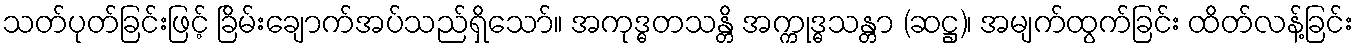
သတ်ပုတ်ခြင်းဖြင့် ခြိမ်းချောက်အပ်သည်ရှိသော်။ အကုဒ္ဓတသန္တိ အက္ကုဒ္ဓသန္တာ (ဆဋ္ဌ)၊ အမျက်ထွက်ခြင်း ထိတ်လန့်ခြင်း